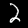
Digit: 2